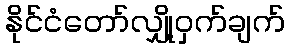
နိုင်ငံတော်လျှို့ဝှက်ချက်